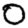
Digit: 0